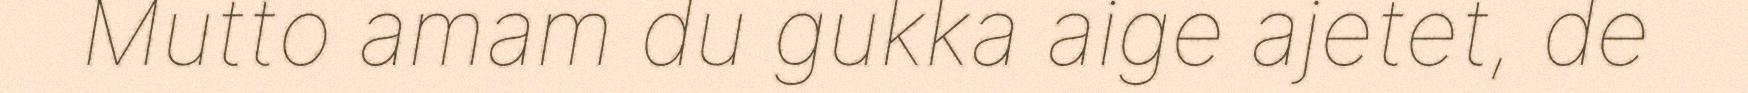
Mutto amam du gukka aige ajetet, de